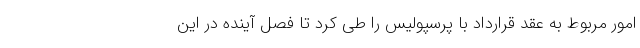
امور مربوط به عقد قرارداد با پرسپولیس را طی کرد تا فصل آینده در این